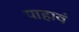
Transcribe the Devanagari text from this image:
पाहावं